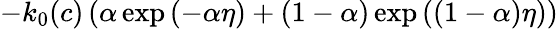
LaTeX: -k_{0}(c)\left(\alpha\exp{(-\alpha\eta)}+(1-\alpha)\exp{\left((1-\alpha)\eta\right)}\right)